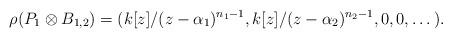
LaTeX: \begin{align*} \rho(P_{1} \otimes B_{1,2}) = (k[z]/(z-\alpha_{1})^{n_{1}-1},k[z]/(z-\alpha_{2})^{n_{2}-1},0,0, \dots ). \end{align*}